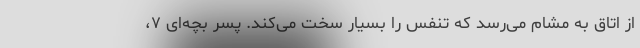
از اتاق به مشام می‌رسد که تنفس را بسیار سخت می‌کند. پسر بچه‌ای ۷،